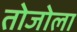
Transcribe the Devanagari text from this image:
तोजोला